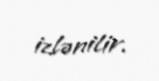
izlənilir.